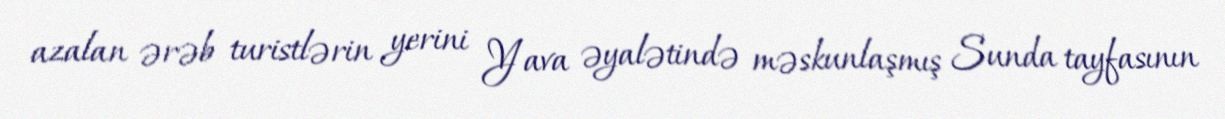
azalan ərəb turistlərin yerini Yava əyalətində məskunlaşmış Sunda tayfasının